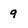
Character: 9